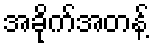
အခိုက်အတန့်